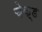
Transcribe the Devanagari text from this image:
चेक्ड